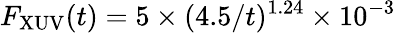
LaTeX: F_{\mathrm{XUV}}(t)=5\times(4.5/t)^{1.24}\times 10^{-3}